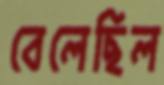
বেলেছিল